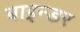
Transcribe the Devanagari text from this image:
बाइन्डर